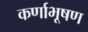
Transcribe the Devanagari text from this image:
कर्णाभूषण